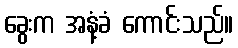
ခွေးက အနံ့ခံ ကောင်းသည်။